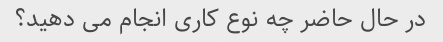
در حال حاضر چه نوع کاری انجام می دهید؟